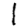
Digit: 1